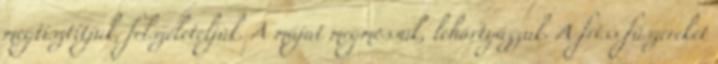
megtisztítjuk, felszeleteljük. A májat megmossuk, lehártyázzuk. A friss fűszereket